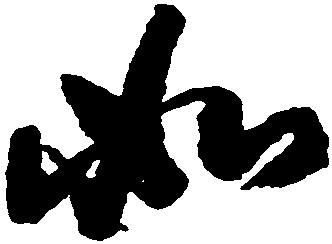
如